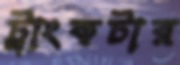
ট্রাংকটার